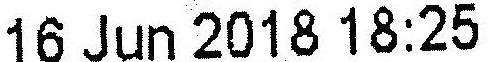
16 JUN 2018 18:25